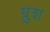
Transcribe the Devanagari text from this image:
ग्रुश